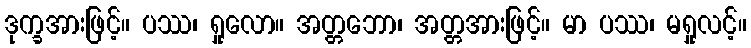
ဒုက္ခအားဖြင့်။ ပဿ၊ ရှုလော။ အတ္တဘော၊ အတ္တအားဖြင့်။ မာ ပဿ၊ မရှုလင့်။